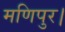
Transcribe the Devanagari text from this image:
मणिपुर।